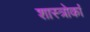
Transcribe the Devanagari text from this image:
शास्त्रोकां